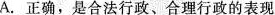
A.正确，是合法行政、合理行政的表现